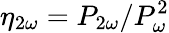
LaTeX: \eta_{2\omega}=P_{2\omega}/P_{\omega}^{2}